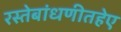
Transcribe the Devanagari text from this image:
रस्तेबांधणीतहेए